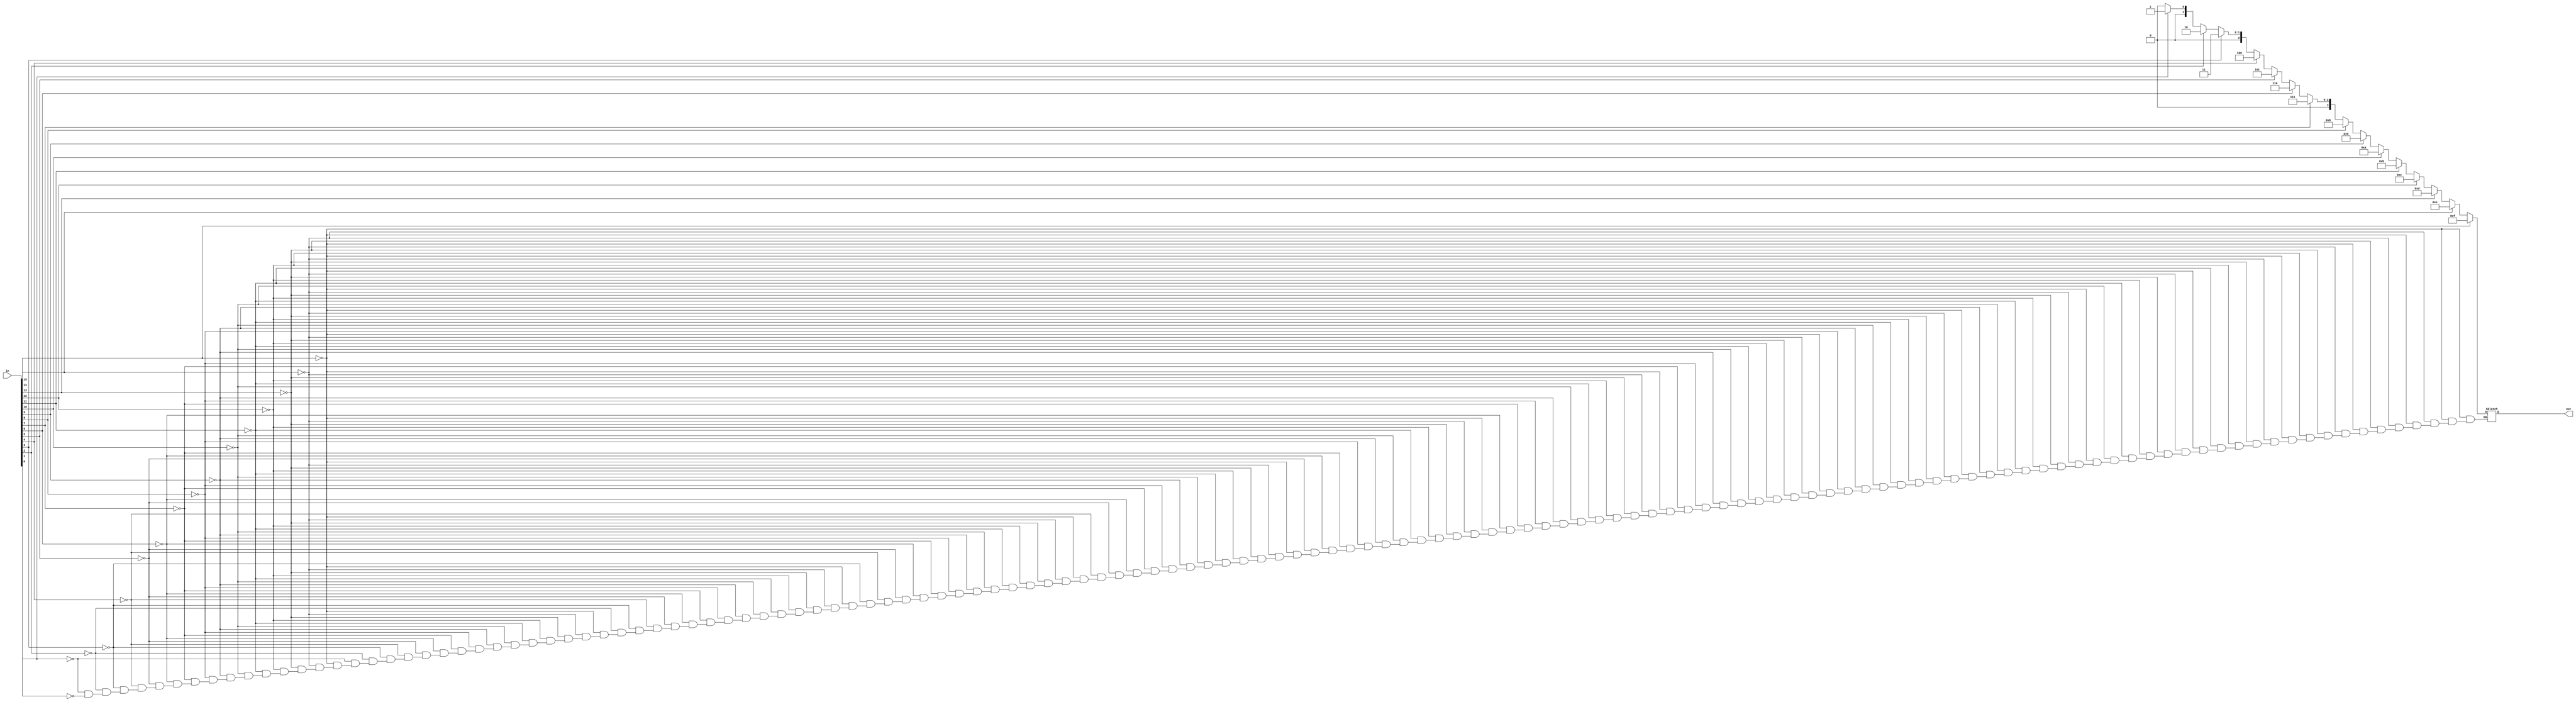
module priority_encoder(in,out);     
	input [15:0]in;     				//inputs
	output [3:0]out;					//outputs
	reg [3:0]out;
	always@(in)
	begin
			 if(in[15]) out=4'hf;		//in=1000000000000000 => out=1111
		else if(in[14]) out=4'he;		//in=0100000000000000 => out=1110
		else if(in[13]) out=4'hd;		//in=0010000000000000 => out=1101
		else if(in[12]) out=4'hc;		//in=0001000000000000 => out=1100
		else if(in[11]) out=4'hb;		//in=0000100000000000 => out=1011
		else if(in[10]) out=4'ha;		//in=0000010000000000 => out=1010
		else if(in[9])  out=4'h9;		//in=0000001000000000 => out=1001
		else if(in[8])  out=4'h8;		//in=0000000100000000 => out=1000
		else if(in[7])  out=4'h7;		//in=0000000010000000 => out=0111
		else if(in[6])  out=4'h6;		//in=0000000001000000 => out=0110
		else if(in[5])  out=4'h5;		//in=0000000000100000 => out=0101
		else if(in[4])  out=4'h4;		//in=0000000000010000 => out=0100
		else if(in[3])  out=4'h3;		//in=0000000000001000 => out=0011
		else if(in[2])  out=4'h2;		//in=0000000000000100 => out=0010
		else if(in[1])  out=4'h1;		//in=0000000000000010 => out=0001
		else if(in[0])  out=4'h0;		//in=0000000000000001 => out=0000
	end
endmodule

module decoder(in,out);
	input [3:0]in;						//inputs
	output [15:0]out;					//outputs
	//the next 16 lines define each bit of the output as a combination of the 4 input bits
	assign out[15] = in[3] & in[2] & in[1] & in[0];
	assign out[14] = in[3] & in[2] & in[1] & (~in[0]);
	assign out[13] = in[3] & in[2] & (~in[1]) & in[0];
	assign out[12] = in[3] & in[2] & (~in[1]) & (~in[0]);
	assign out[11] = in[3] & (~in[2]) & in[1] & in[0];
	assign out[10] = in[3] & (~in[2]) & in[1] & (~in[0]);
	assign out[9] = in[3] & (~in[2]) & (~in[1]) & in[0];
	assign out[8] = in[3] & (~in[2]) & (~in[1]) & (~in[0]);
	assign out[7] = (~in[3]) & in[2] & in[1] & in[0];
	assign out[6] = (~in[3]) & in[2] & in[1] & (~in[0]);
	assign out[5] = (~in[3]) & in[2] & (~in[1]) & in[0];
	assign out[4] = (~in[3]) & in[2] & (~in[1]) & (~in[0]);
	assign out[3] = (~in[3]) & (~in[2]) & in[1] & in[0];
	assign out[2] = (~in[3]) & (~in[2]) & in[1] & (~in[0]);
	assign out[1] = (~in[3]) & (~in[2]) & (~in[1]) & in[0];
	assign out[0] = (~in[3]) & (~in[2]) & (~in[1]) & (~in[0]);
endmodule